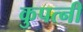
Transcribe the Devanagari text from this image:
कुपत्नी